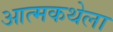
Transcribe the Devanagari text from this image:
आत्मकथेला